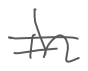
Text: in
Cross-out: mix
Writing tool: digital_gray